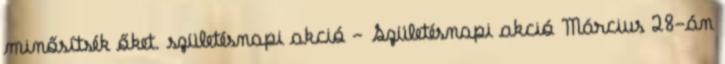
minősítsék őket. születésnapi akció - Születésnapi akció Március 28-án